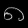
Digit: ၈